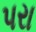
પરા